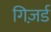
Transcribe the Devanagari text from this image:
गिज़र्ड